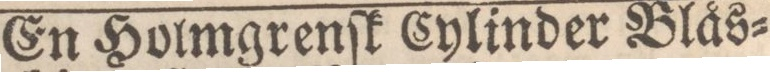
En Holmgrenſk Cylinder Blås=